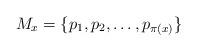
LaTeX: \begin{align*}M_x=\{p_1,p_2,\ldots, p_{\pi(x)}\}\end{align*}